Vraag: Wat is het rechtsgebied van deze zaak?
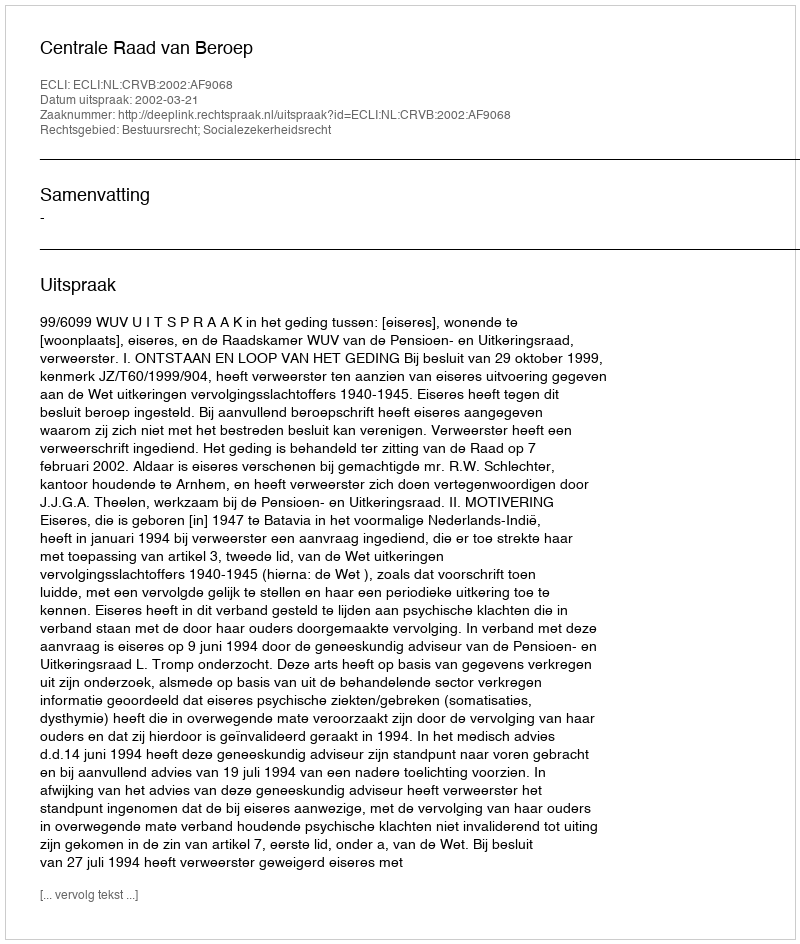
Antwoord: Bestuursrecht; Socialezekerheidsrecht